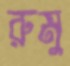
রুমু